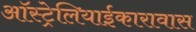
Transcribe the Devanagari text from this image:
ऑस्ट्रेलियाईकारावास